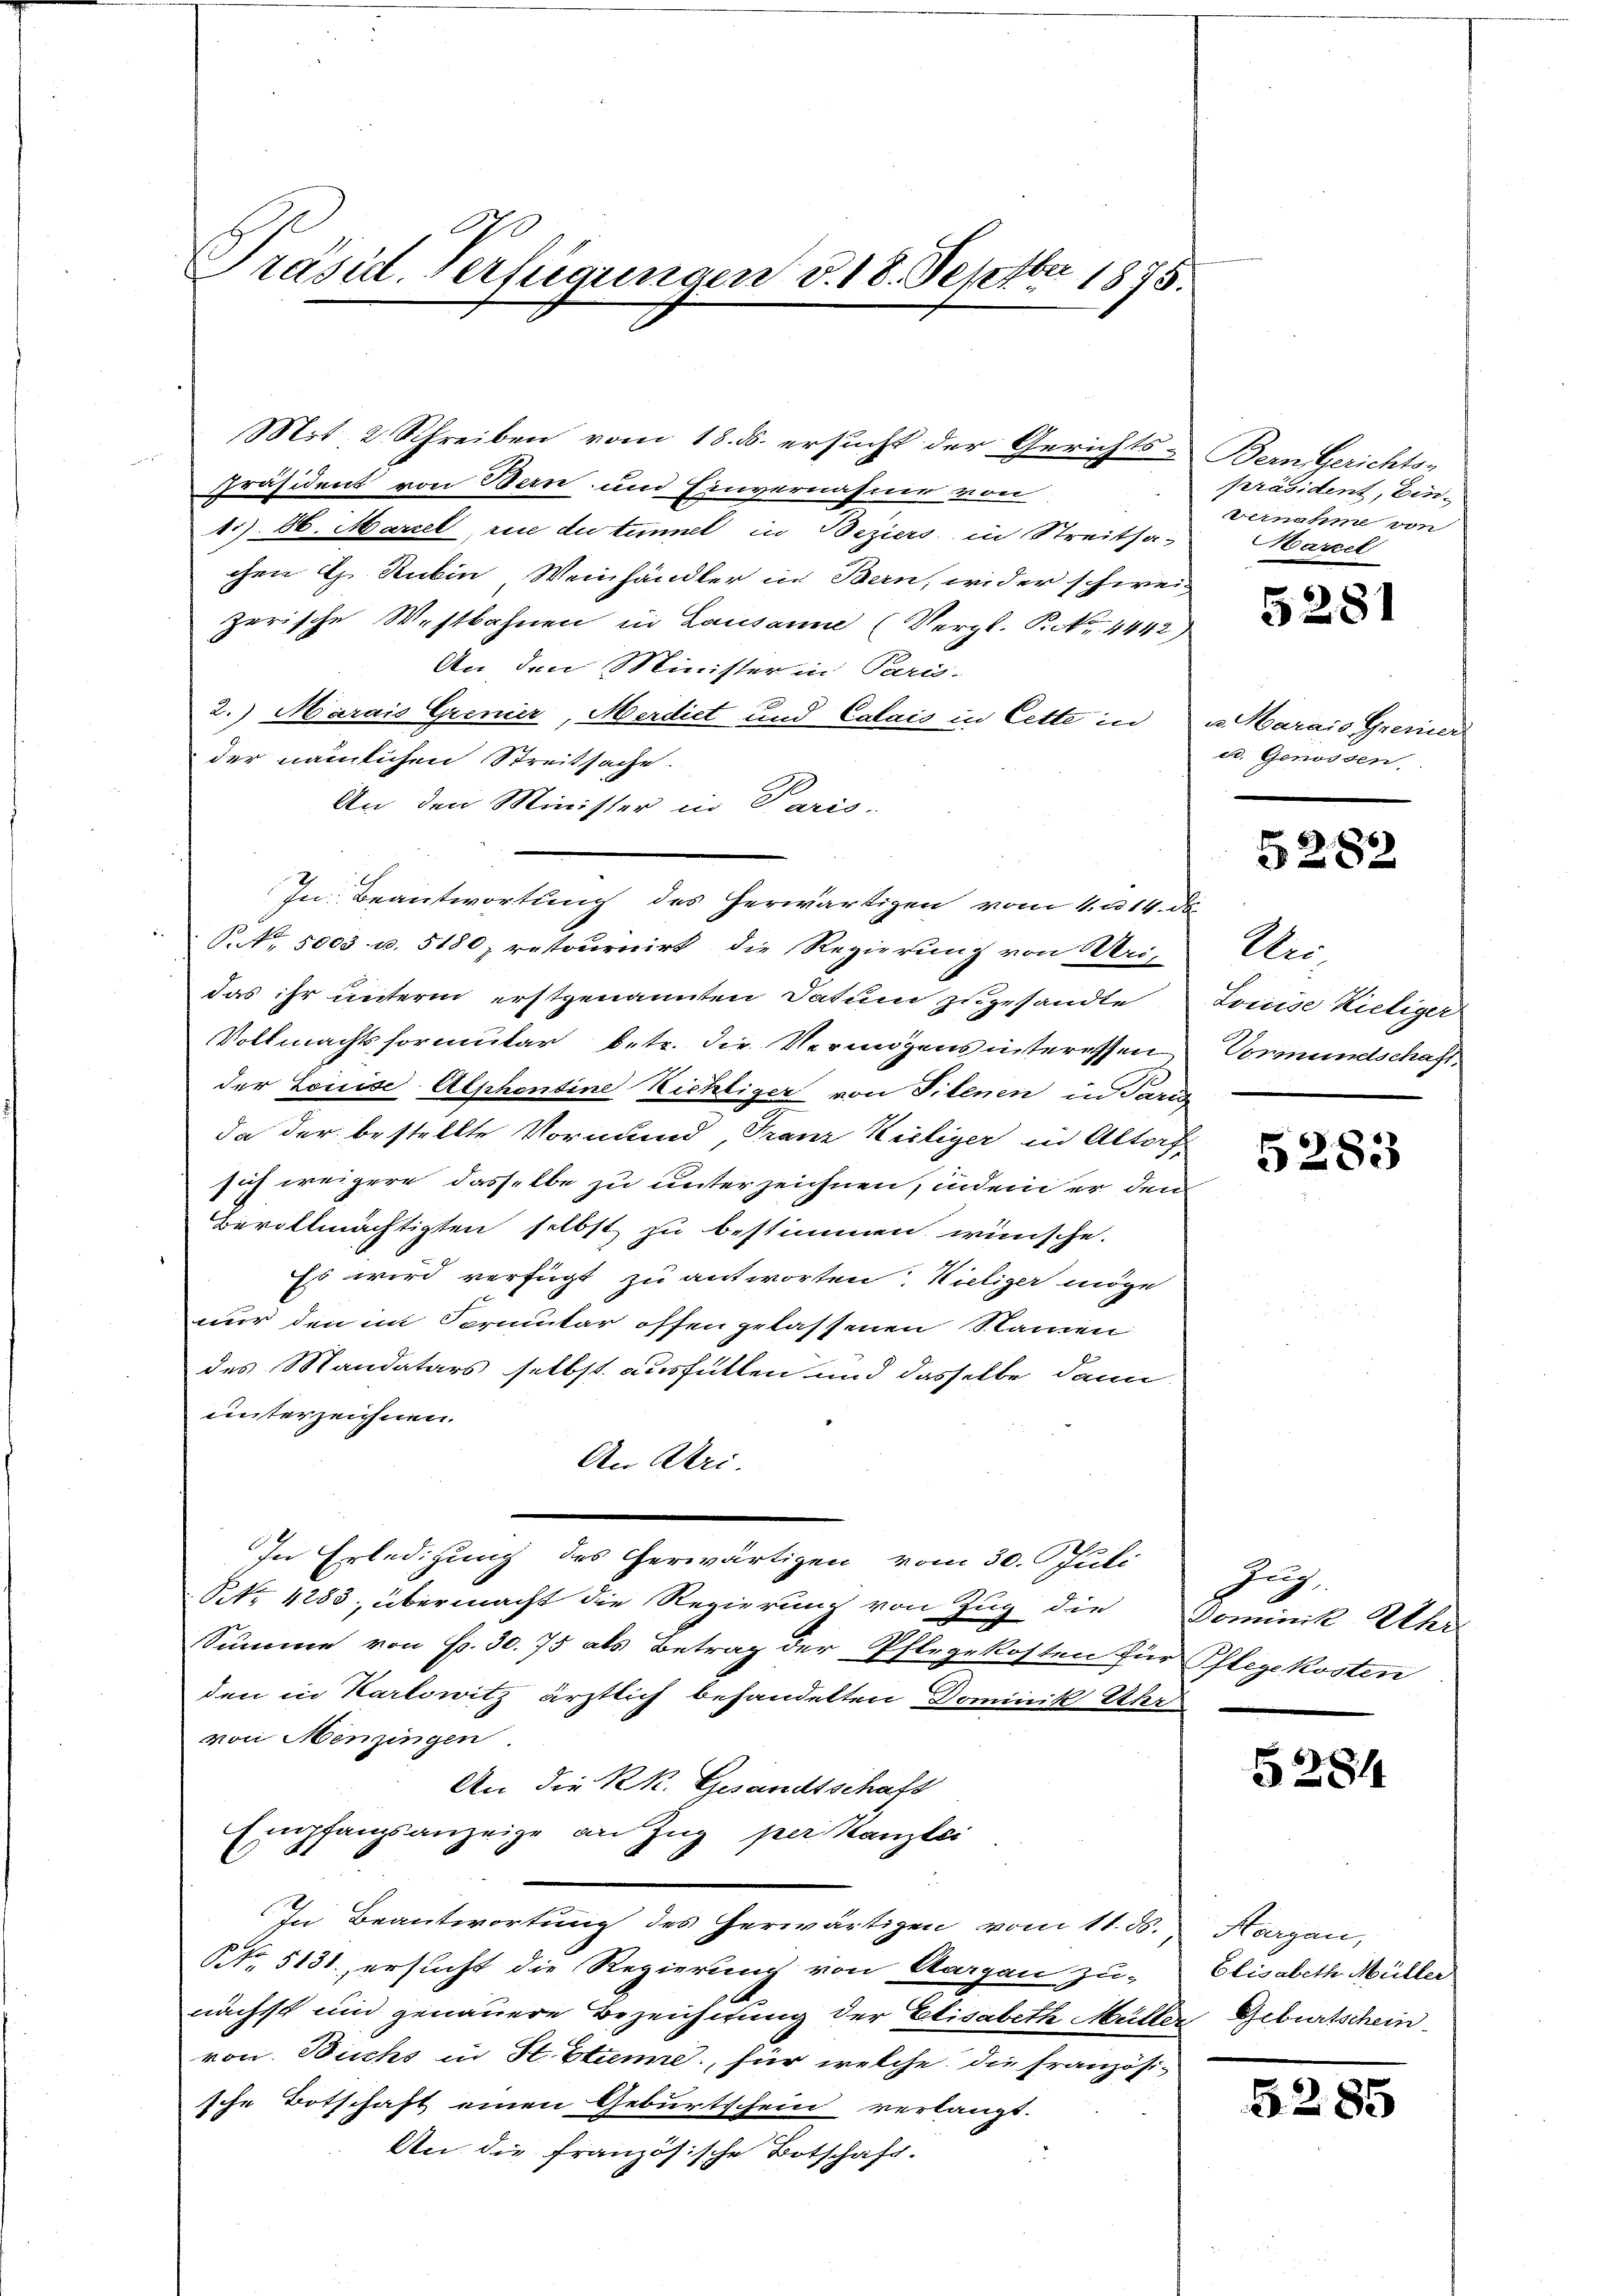
Präsid. Verfügungen v. 18. Septbr 1875.

Mit. 2 Schreiben vom 18. ds. ersucht der Gerichts-Bern Gerichts-
Präsident von Bern und Einvernahme von
1.). 86. Marzel ri du timnet in Beziers in Streitsachen H. Rubin, Weinhändler in Bern, wider schweiz
zerische Westbahnen in Lausanne (Vergl. P. Nr. 4442)
An den Minister in Paris-
2.) Marais Grenier, Merdiet und Calais in Cette in
der nämlichen Streitsache.
An den Minister in Paris-
P. Nr. 5003 u. 5180, restournirt die Regierung von Uri,
das ihr unterm erstgenannten Datum zugesandte
Vollmachtsformular betr. die Vermögens interessen
der Louise Alphontine Nichtiger von Titenen in Pari
da der bestellte Vormund, Franz Kieliger in Altorf
sich weigere dasselbe zu unterzeichnen, indem er den
Bevollmächtigten selbst zu bestimmen wünsche.
Es wird verfügt zu antworten. Vietiger möge
nur den im Sermutar offen gelassenen Namen
des Mandatars selbst ausfüllen und dasselbe dann
unterzeichnen.
An Uri-
In Erledigung des erwärtigen vom 30. Juli
NNo. 4283, übermacht die Regierung von Zug die
Summe von Fr. 30. 75 als Betrag der Pflegekosten für Pflegekosten
den in Karlowitz ärztlich behandelten Dominik Uhr
von Menzingen.
An die kk. Gesandtschaft
Empfangsanzeige an Zŭg per Kanzlei
In Beantwortung des herwärtigen vom 11. ds. Horgen,
NNo. 5131. ersucht die Regierung von Aargau zu-
nächst und genauere Bezeichnung der Elisabeth Müller Geburtschein
von. Buchs in St. Stund, für welche die Französi-
sche Botschaft einen Geburtschein verlangt.
An die französische Botschaft.

In Beantwortung des herwärtigen vom 4. 14. de

präsident, Ein-
vernahme von
Marzel

5281

v. Marais Gremier
u. Genossen.

s

§282

Ai
Louise Kieliger
Vormundschaft.

5283

Zung
Dominik Uh.

281

Elisabeth Müller

5285